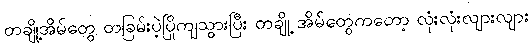
တချို့အိမ်တွေ တခြမ်းပဲ့ပြိုကျသွားပြီး တချို့ အိမ်တွေကတော့ လုံးလုံးလျားလျား